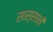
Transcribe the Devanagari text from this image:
सास्सानी